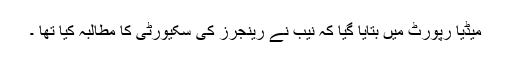
میڈیا رپورٹ میں بتایا گیا کہ نیب نے رینجرز کی سکیورٹی کا مطالبہ کیا تھا ۔